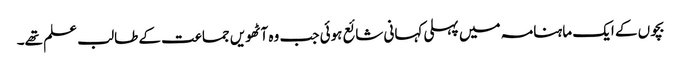
بچوں کے ایک ماہنامہ میں پہلی کہانی شائع ہوئی جب وہ آٹھویں جماعت کے طالب علم تھے۔